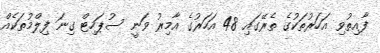
ފާއިތުވި އަހަރުތަކުގެ ތެރޭގައި 48 އަހަރުގެ އާމިރު ވަނީ ސުޕަހިޓް ގިނަ ފިލްމުތަކެއް